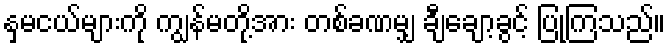
နှမငယ်များကို ကျွန်မတို့အား တစ်ခဏမျှ ချီချော့ခွင့် ပြုကြသည်။